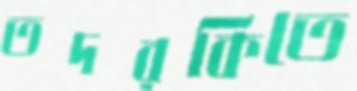
তদরকিতে